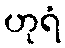
ဟုရံ